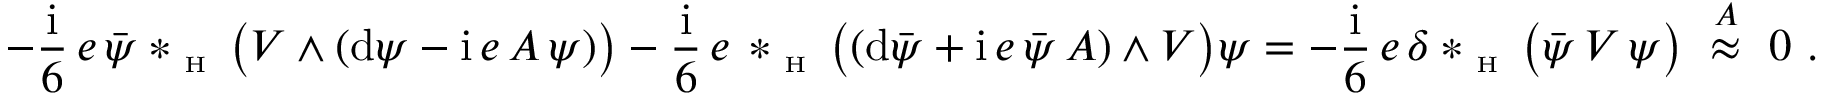
- \frac { \mathrm { i } } 6 \, e \, \bar { \psi } \ast _ { \textrm { \tiny H } } \big ( V \wedge ( \mathrm { d } \psi - { \mathrm { i } } \, e \, A \, \psi ) \big ) - \frac { \mathrm { i } } 6 \, e \, \ast _ { \textrm { \tiny H } } \big ( ( \mathrm { d } \bar { \psi } + { \mathrm { i } } \, e \, \bar { \psi } \, A ) \wedge V \big ) \psi = - \frac { \mathrm { i } } 6 \, e \, \delta \ast _ { \textrm { \tiny H } } \big ( \bar { \psi } \, V \, \psi \big ) \ \stackrel { A } { \approx } \ 0 \ .